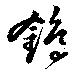
鵭